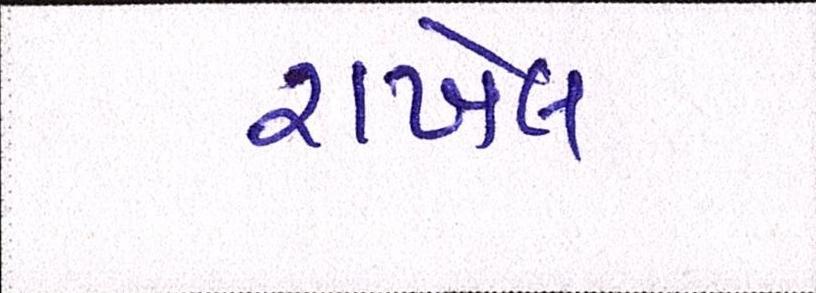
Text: રાખેલ